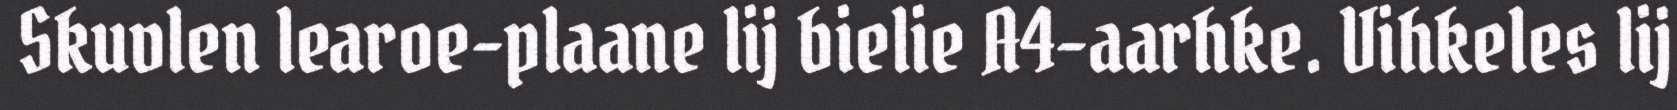
Skuvlen learoe-plaane lij bielie A4-aarhke. Vihkeles lij